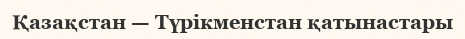
Қазақстан — Түрікменстан қатынастары